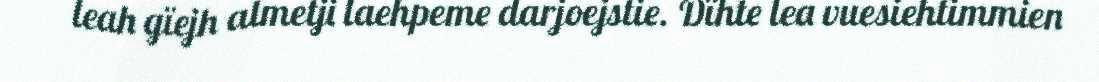
leah gïejh almetji laehpeme darjoejstie. Dïhte lea vuesiehtimmien